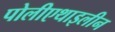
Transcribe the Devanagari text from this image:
पोलीएथाइलीन